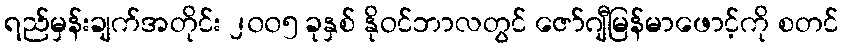
ရည်မှန်းချက်အတိုင်း ၂၀၀၅ ခုနှစ် နိုဝင်ဘာလတွင် ဇော်ဂျီမြန်မာဖောင့်ကို စတင်